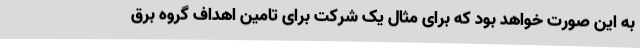
به این صورت خواهد بود که برای مثال یک شرکت برای تامین اهداف گروه برق